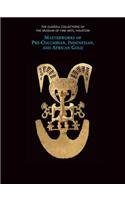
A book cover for The Glassell Collections of the Museum of Fine Arts, Houston: Masterworks of Pre-Columbian, Indonesian, and African Gold; Frances Marzio; Crafts, Hobbies & Home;